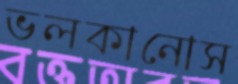
ভলকানোস